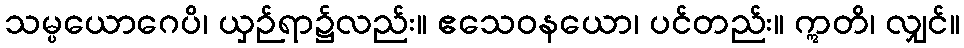
သမ္ပယောဂေပိ၊ ယှဉ်ရာ၌လည်း။ ဧသေဝနယော၊ ပင်တည်း။ ဣတိ၊ လျှင်။